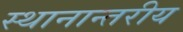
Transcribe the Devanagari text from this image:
स्थानान्तरीय